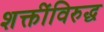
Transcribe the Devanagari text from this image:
शक्तींविरुद्ध